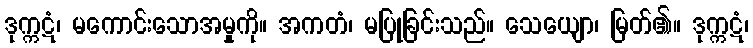
ဒုက္ကဋံ၊ မကောင်းသောအမှုကို။ အကတံ၊ မပြုခြင်းသည်။ သေယျော၊ မြတ်၏။ ဒုက္ကဋံ၊